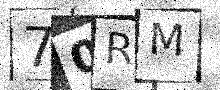
Text: 70RM